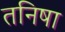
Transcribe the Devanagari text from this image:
तनिषा